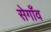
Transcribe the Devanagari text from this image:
सेगाँव